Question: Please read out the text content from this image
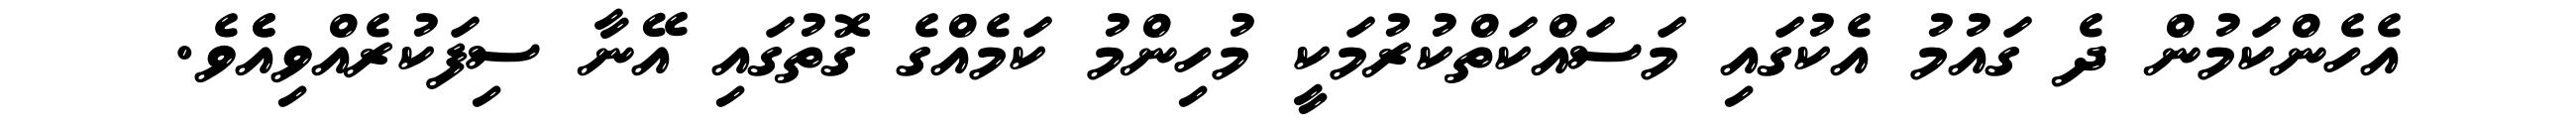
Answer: އެހެންކަމުން ދެ ގައުމު އެކުގައި މަސައްކަތްކުރުމަކީ މުހިންމު ކަމެއްގެ ގޮތުގައި އޭނާ ސިފަކުރެއްވިއެެވެ.